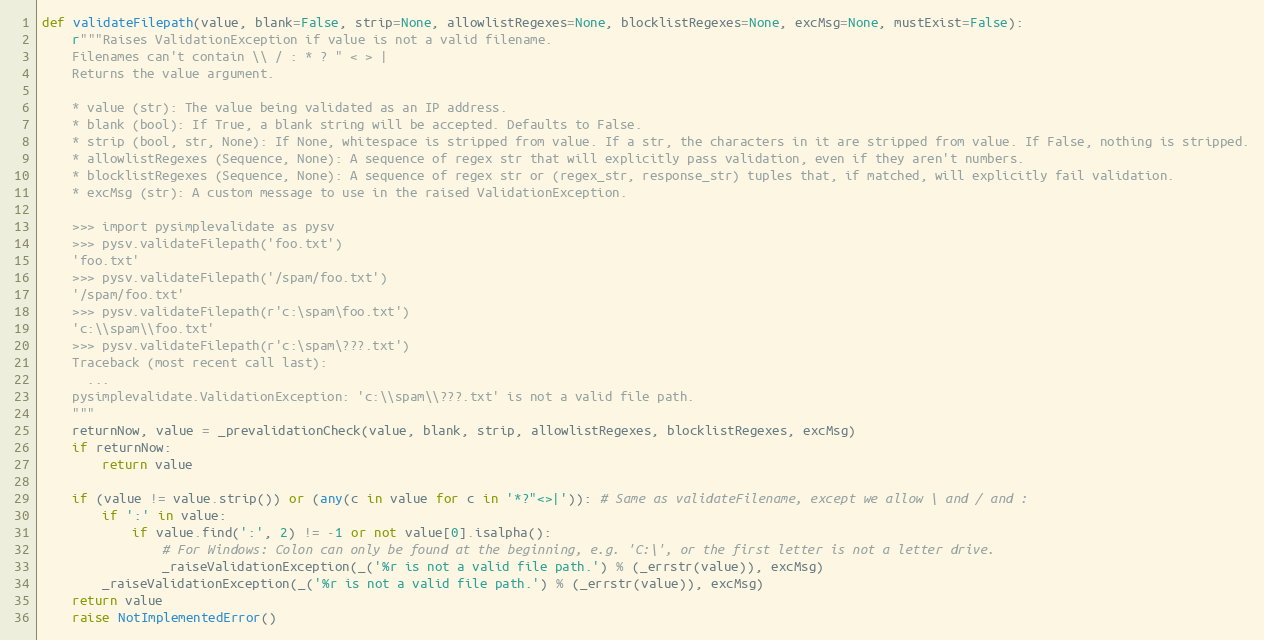
Language: Python
def validateFilepath(value, blank=False, strip=None, allowlistRegexes=None, blocklistRegexes=None, excMsg=None, mustExist=False):
    r"""Raises ValidationException if value is not a valid filename.
    Filenames can't contain \\ / : * ? " < > |
    Returns the value argument.

    * value (str): The value being validated as an IP address.
    * blank (bool): If True, a blank string will be accepted. Defaults to False.
    * strip (bool, str, None): If None, whitespace is stripped from value. If a str, the characters in it are stripped from value. If False, nothing is stripped.
    * allowlistRegexes (Sequence, None): A sequence of regex str that will explicitly pass validation, even if they aren't numbers.
    * blocklistRegexes (Sequence, None): A sequence of regex str or (regex_str, response_str) tuples that, if matched, will explicitly fail validation.
    * excMsg (str): A custom message to use in the raised ValidationException.

    >>> import pysimplevalidate as pysv
    >>> pysv.validateFilepath('foo.txt')
    'foo.txt'
    >>> pysv.validateFilepath('/spam/foo.txt')
    '/spam/foo.txt'
    >>> pysv.validateFilepath(r'c:\spam\foo.txt')
    'c:\\spam\\foo.txt'
    >>> pysv.validateFilepath(r'c:\spam\???.txt')
    Traceback (most recent call last):
      ...
    pysimplevalidate.ValidationException: 'c:\\spam\\???.txt' is not a valid file path.
    """
    returnNow, value = _prevalidationCheck(value, blank, strip, allowlistRegexes, blocklistRegexes, excMsg)
    if returnNow:
        return value

    if (value != value.strip()) or (any(c in value for c in '*?"<>|')): # Same as validateFilename, except we allow \ and / and :
        if ':' in value:
            if value.find(':', 2) != -1 or not value[0].isalpha():
                # For Windows: Colon can only be found at the beginning, e.g. 'C:\', or the first letter is not a letter drive.
                _raiseValidationException(_('%r is not a valid file path.') % (_errstr(value)), excMsg)
        _raiseValidationException(_('%r is not a valid file path.') % (_errstr(value)), excMsg)
    return value
    raise NotImplementedError()